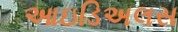
આઇડિઅલસ